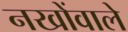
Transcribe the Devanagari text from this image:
नखोंवाले